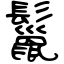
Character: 鬣